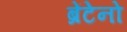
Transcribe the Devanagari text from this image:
ब्रेंटेनो